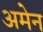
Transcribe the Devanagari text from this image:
अमेन